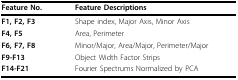
<table><thead><tr><td><b>Feature No.</b></td><td><b>Feature Descriptions</b></td></tr></thead><tbody><tr><td><b>F1, F2, F3</b></td><td>Shape index, Major Axis, Minor Axis</td></tr><tr><td><b>F4, F5</b></td><td>Area, Perimeter</td></tr><tr><td><b>F6, F7, F8</b></td><td>Minor/Major, Area/Major, Perimeter/Major</td></tr><tr><td><b>F9-F13</b></td><td>Object Width Factor Strips</td></tr><tr><td><b>F14-F21</b></td><td>Fourier Spectrums Normalized by PCA</td></tr></tbody></table>